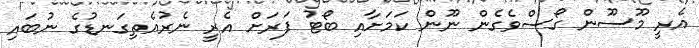
އެރީ މޫސޫން ގޯސްވެގެން ނޫން ކަމަށާއި ބޯޓު ފަރަށް އެރީ ނެރުއެތިގަނޑުގެ ނުބައި